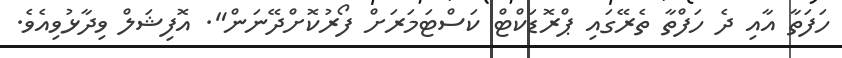
ހަފަތާ އާއި ދެ ހަފްތާ ތެރޭގައި ޕްރޮޑަކްޓް ކަސްޓަމަރަށް ފޯރުކޮށްދޭނަން". އޮފިޝަލް ވިދާޅުވިއެވެ.